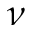
\nu